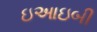
ઇઆઇબી